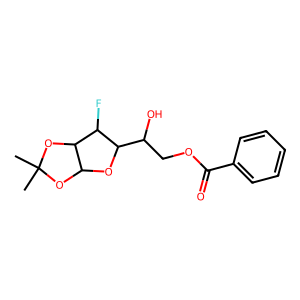
SMILES: CC1(C)OC2OC(C(O)COC(=O)c3ccccc3)C(F)C2O1
Inhibits HIV replication: No